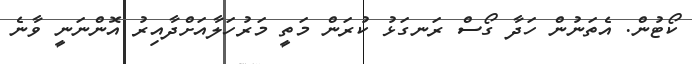
ކޯޓުން. އެތަނުން ހަދާ ގޯސް ރަނގަޅު ކުރަން މަތީ މަރުހަލާއަށްދާއިރު އޮންނަނީ ވާނެ